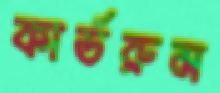
কার্ডরুম